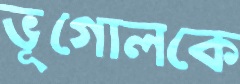
ভূগোলকে